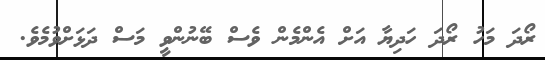
ރޯދަ މަހު ރޯދަ ހަދިޔާ އަށް އެންމެން ވެސް ބޭނުންވީ މަސް ދަަޅަށްވުމެވެ.